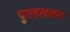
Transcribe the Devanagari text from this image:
पुरातत्वस्थल